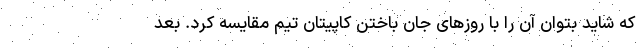
که شاید بتوان آن را با روزهای جان باختن کاپیتان تیم مقایسه کرد. بعد